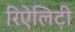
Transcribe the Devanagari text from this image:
रिऐलिटी